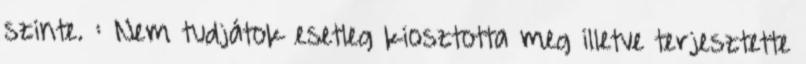
szinte. : Nem tudjátok esetleg kiosztotta meg illetve terjesztette